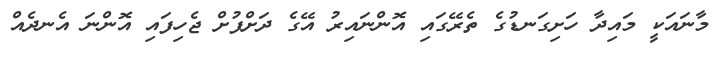
މާނައަކީ މައިދާ ހަށިގަނޑުގެ ތެރޭގައި އޮންނައިރު އޭގެ ދަށްފުށް ޖެހިފައި އޮންނަ އެނދެއް